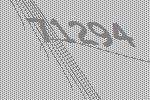
71294